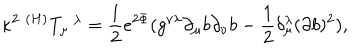
{ \kappa } ^ { 2 } \; ^ { ( H ) } T _ { \mu } ^ { \; \; \lambda } = \frac 1 2 e ^ { 2 \Phi } ( g ^ { \nu \lambda } \partial _ { \mu } b \partial _ { \nu } b - \frac 1 2 \delta _ { \mu } ^ { \lambda } ( \partial b ) ^ { 2 } ) ,